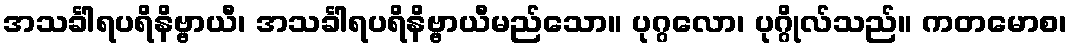
အသင်္ခါရပရိနိဗ္ဗာယီ၊ အသင်္ခါရပရိနိဗ္ဗာယီမည်သော။ ပုဂ္ဂလော၊ ပုဂ္ဂိုလ်သည်။ ကတမောစ၊